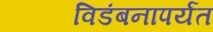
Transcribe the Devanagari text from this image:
विडंबनापर्यंत